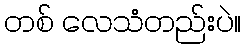
တစ် လေသံတည်းပဲ။